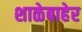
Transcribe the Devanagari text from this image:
शाळेबाहेर